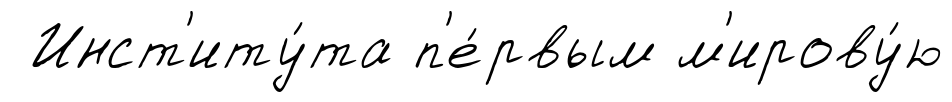
Инст'иту́та п'е́рвым м'ирову́ю